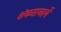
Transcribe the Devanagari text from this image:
शंकराचार्ये